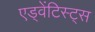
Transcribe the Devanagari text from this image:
एड्वेंटिस्ट्स